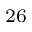
^ { 2 6 }